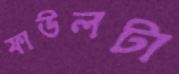
ফাউলটা